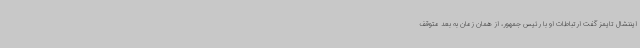
ایننشال تایمز گفت ارتباطات او با رئیس جمهور، از همان زمان به بعد متوقف